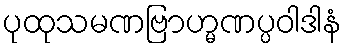
ပုထုသမဏဗြာဟ္မဏပ္ပဝါဒါနံ